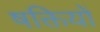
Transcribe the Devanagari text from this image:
षक्तियों